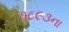
૧૮૯૩ના